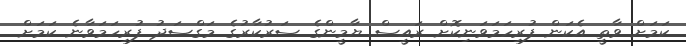
ކަމަށް ވާތީ އެކަން ފުރިހަމަވަނިކޮށް ރައީސް ޔާމީންގެ ސަރުކާރުގެ މަގްސަދު ފުރިހަމަވާނެ ކަމަށް